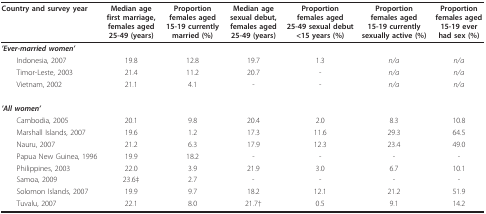
<table><thead><tr><td><b>Country and survey year</b></td><td><b>Median age first marriage, females aged25-49 (years)</b></td><td><b>Proportion females aged15-19 currently married (%)</b></td><td><b>Median age sexual debut, females aged25-49 (years)</b></td><td><b>Proportion females aged25-49 sexual debut &lt;15 years (%)</b></td><td><b>Proportion females aged15-19 currently sexually active (%)</b></td><td><b>Proportion females aged15-19 ever had sex (%)</b></td></tr></thead><tbody><tr><td><b><i>&#x27;Ever-married women&#x27;</i></b></td><td></td><td></td><td></td><td></td><td></td><td></td></tr><tr><td> Indonesia, 2007</td><td>19.8</td><td>12.8</td><td>19.7</td><td>1.3</td><td><i>n/a</i></td><td><i>n/a</i></td></tr><tr><td> Timor-Leste, 2003</td><td>21.4</td><td>11.2</td><td>20.7</td><td>-</td><td><i>n/a</i></td><td><i>n/a</i></td></tr><tr><td> Vietnam, 2002</td><td>21.1</td><td>4.1</td><td>-</td><td>-</td><td><i>n/a</i></td><td><i>n/a</i></td></tr><tr><td><b><i>&#x27;All women&#x27;</i></b></td><td></td><td></td><td></td><td></td><td></td><td></td></tr><tr><td> Cambodia, 2005</td><td>20.1</td><td>9.8</td><td>20.4</td><td>2.0</td><td>8.3</td><td>10.8</td></tr><tr><td> Marshall Islands, 2007</td><td>19.6</td><td>1.2</td><td>17.3</td><td>11.6</td><td>29.3</td><td>64.5</td></tr><tr><td> Nauru, 2007</td><td>21.2</td><td>6.3</td><td>17.9</td><td>12.3</td><td>23.4</td><td>49.0</td></tr><tr><td> Papua New Guinea, 1996</td><td>19.9</td><td>18.2</td><td>-</td><td>-</td><td>-</td><td>-</td></tr><tr><td> Philippines, 2003</td><td>22.0</td><td>3.9</td><td>21.9</td><td>3.0</td><td>6.7</td><td>10.1</td></tr><tr><td> Samoa, 2009</td><td>23.6‡</td><td>2.7</td><td>-</td><td>-</td><td>-</td><td>-</td></tr><tr><td> Solomon Islands, 2007</td><td>19.9</td><td>9.7</td><td>18.2</td><td>12.1</td><td>21.2</td><td>51.9</td></tr><tr><td> Tuvalu, 2007</td><td>22.1</td><td>8.0</td><td>21.7†</td><td>0.5</td><td>9.1</td><td>14.2</td></tr></tbody></table>